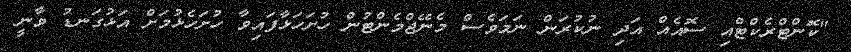
"ކޮންޓްރެކްޓްއި ސޮއެއް އަދި ނުކުރަން ނަމަވެސް މެނޭޖްމެންޓުން ހުށަހަޅާފައިވާ ހުށަހެޅުމަށް އަޅުގަނޑު ވާނީ